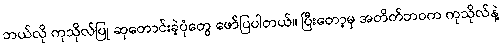
ဘယ်လို ကုသိုလ်ပြု ဆုတောင်းခဲ့ပုံတွေ ဖော်ပြပါတယ်။ ပြီးတော့မှ အတိတ်ဘဝက ကုသိုလ်နဲ့